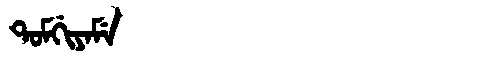
Manchu: ᡨᠣᠮᡤᡳᠶᠠᠮᡝ
Romanization: TOMGIYAME